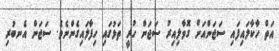
އަތް ހާކާލައިފައި ސަޖަންއަށް ގޮވާލިއިރު ސަޖަން ހުރީ ތަޅުގައި ހިފާލައިގެންނެވެ. ސަޖަން އެނބުރި